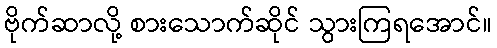
ဗိုက်ဆာလို့ စားသောက်ဆိုင် သွားကြရအောင်။